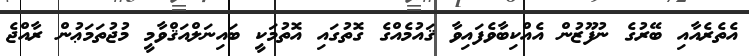
އެތެރެއާއި ބޭރުގެ ނުފޫޒުން އެއްކިބާވެފައިވާ ޤައުމެއްގެ ގޮތުގައި އޮތުމަކީ ބައިނަލްއަޤްވާމީ މުޖުތަމަޢުން ރާއްޖެ